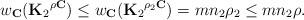
LaTeX: \begin{align*}w_{\mathbf{C}}({\mathbf{K}_2}^{\rho\mathbf{C}})\le w_{\mathbf{C}}({\mathbf{K}_2}^{\rho_2\mathbf{C}})=mn_2\rho_2\le mn_2\rho .\end{align*}